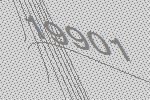
19901